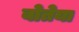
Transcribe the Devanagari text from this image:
बोतेया